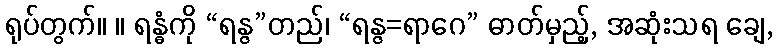
ရုပ်တွက်။ ။ ရန္ဓံကို “ရန္ဇ”တည်၊ “ရန္ဇ=ရာဂေ” ဓာတ်မှည့်, အဆုံးသရ ချေ,